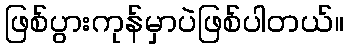
ဖြစ်ပွားကုန်မှာပဲဖြစ်ပါတယ်။